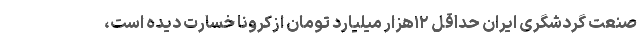
صنعت گردشگری ایران حداقل ۱۲هزار میلیارد تومان ازکرونا خسارت دیده است،